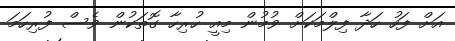
އަށް ފަހު ހަދާ ފިލްމަކަށް ވުމުން މިއީ ހުރިހާ ގޮތަކުން ވެސް ފުރިހަމަ